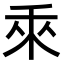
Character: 𬓡